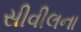
સીવીલના